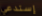
إستدعي